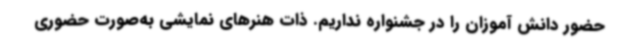
حضور دانش آموزان را در جشنواره نداریم. ذات هنرهای نمایشی به‌صورت حضوری